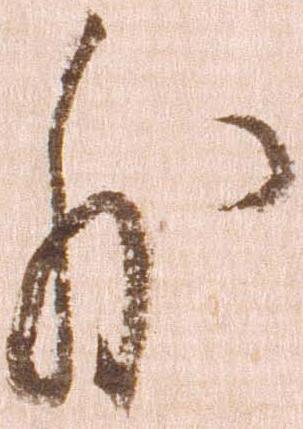
外